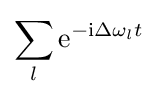
\sum _{l}\mathrm {e} ^{-\mathrm {i} \Delta \omega _{l}t}